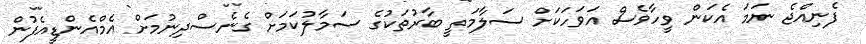
ފެނިއްޖެ ނަމަ އެކަން ވީހާވެސް އަވަހަކަށް ސަލާމަތީ ބާރުތަކުގެ ސަމާލުކަމަށް ގެނެސްދިނުމަށް އެމްއެންޑީއެފުން